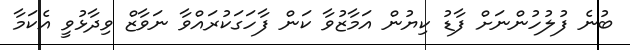
ބުނެ ފުލުހުންނަށް ފާޑު ކިޔުން އަމާޒުވާ ކަން ފާހަގަކުރައްވާ ނަވާޒް ވިދާޅުވީ އެކަމާ